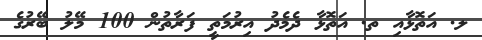
ލ. އަތޮޅާއި ތ. އަތޮޅާ ދެމެދު އިރުމަތީ ފަރާތުން 100 މޭލު ބޭރުގެ